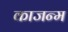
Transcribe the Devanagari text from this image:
काजन्‍म